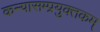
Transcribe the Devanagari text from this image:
कन्यासम्प्रयुक्तकम्